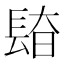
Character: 𰿎